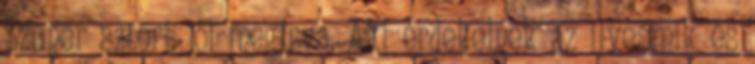
Szuper sztori, jól megírva. Aki érdekelnek az ilyesmik és